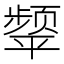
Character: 𮸺